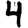
Digit: 4